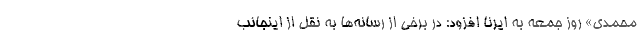
محمدی» روز جمعه به ایرنا افزود: در برخی از رسانه‌ها به نقل از اینجانب